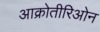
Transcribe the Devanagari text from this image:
आक्रोतीरिओन